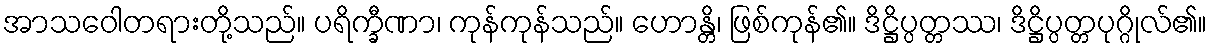
အာသဝေါတရားတို့သည်။ ပရိက္ခီဏာ၊ ကုန်ကုန်သည်။ ဟောန္တိ၊ ဖြစ်ကုန်၏။ ဒိဋ္ဌိပ္ပတ္တဿ၊ ဒိဋ္ဌိပ္ပတ္တပုဂ္ဂိုလ်၏။